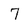
Character: 7